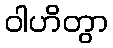
ဝါဟိတွာ